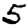
Digit: 5